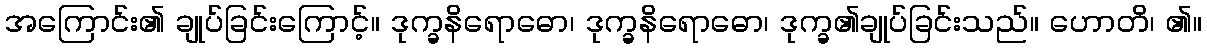
အကြောင်း၏ ချုပ်ခြင်းကြောင့်။ ဒုက္ခနိရောဓော၊ ဒုက္ခနိရောဓော၊ ဒုက္ခ၏ချုပ်ခြင်းသည်။ ဟောတိ၊ ၏။